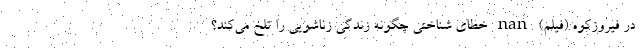
در فیروزکوه (فیلم) nan خطای شناختی چگونه زندگی زناشویی را تلخ می‌کند؟